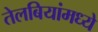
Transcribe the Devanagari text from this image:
तेलबियांमध्ये